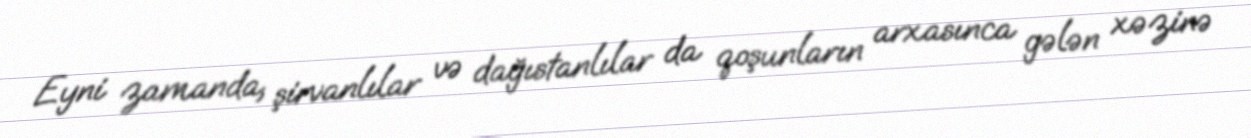
Eyni zamanda, şirvanlılar və dağıstanlılar da qoşunların arxasınca gələn xəzinə